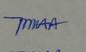
Signature authenticity: genuine